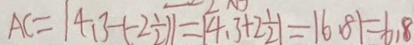
A C = \vert 4 . 3 - ( - 2 \frac { 1 } { 2 } ) \vert = \vert 4 . 3 + 2 \frac { 1 } { 2 } \vert = \vert 6 . 8 \vert = 6 . 8